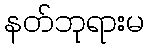
နတ်ဘုရားမ